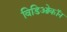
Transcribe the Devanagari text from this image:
विडिओकॉन